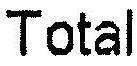
TOTAL